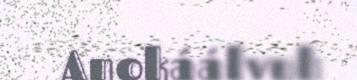
Anokáálvuh